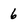
Character: 6